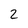
Character: 2